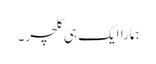
ہمارا ایک ہی کلچر۔